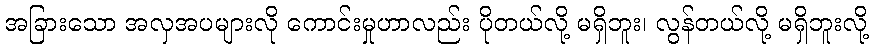
အခြားသော အလှအပများလို ကောင်းမှုဟာလည်း ပိုတယ်လို့ မရှိဘူး၊ လွန်တယ်လို့ မရှိဘူးလို့